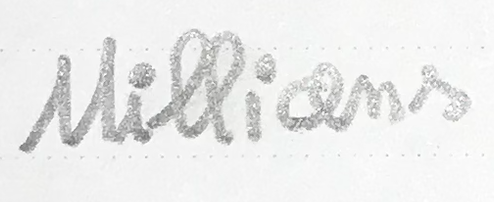
Millions